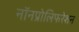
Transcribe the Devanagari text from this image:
नॉनप्रोलिफरेशन